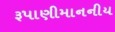
રૂપાણીમાનનીય